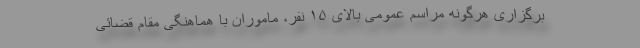
برگزاری هرگونه مراسم عمومی بالای ۱۵ نفر، ماموران با هماهنگی مقام قضائی